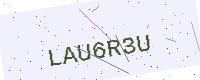
Text: LAU6R3U